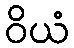
ဝိယံ